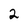
Character: 2